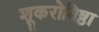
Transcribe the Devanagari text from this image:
शूकरोविष्ठा